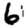
Digit: 6